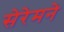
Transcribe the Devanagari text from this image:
सेरेमने